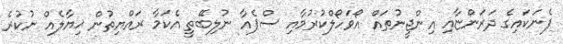
ފެނަކައިގެ ދަރަންޏާއި އިންޖީނުތައް އޯވަހޯލްކުރުމާއި ސްޕެއާ ނުލިބޭތީ އެކަމާ ރައްޔިތުން ޚިޔާލެއް ނުކުރެ